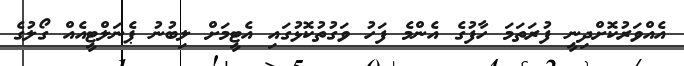
އެއްވަރުކޮށްދިނީ ފުރަތަމަ ހާފުގެ އެންމެ ފަހު ވަގުތުކޮޅުގައި އެޓީމަށް ލިބުނު ޕެނަލްޓީއެއް ގޯލުގެ